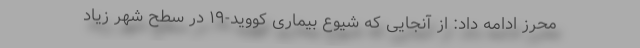
محرز ادامه داد: از آنجایی که شیوع بیماری کووید-۱۹ در سطح شهر زیاد